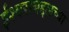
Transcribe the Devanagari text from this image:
ईश्वराबद्दलच्या